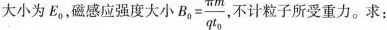
大小为E_{0}，磁感应强度大小 $$B _ { 0 } = \frac { π m } { q t _ { 0 } }$$ 不计粒子所受重力。求: